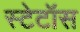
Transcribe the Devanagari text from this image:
स्टेटॉस